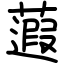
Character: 蕸